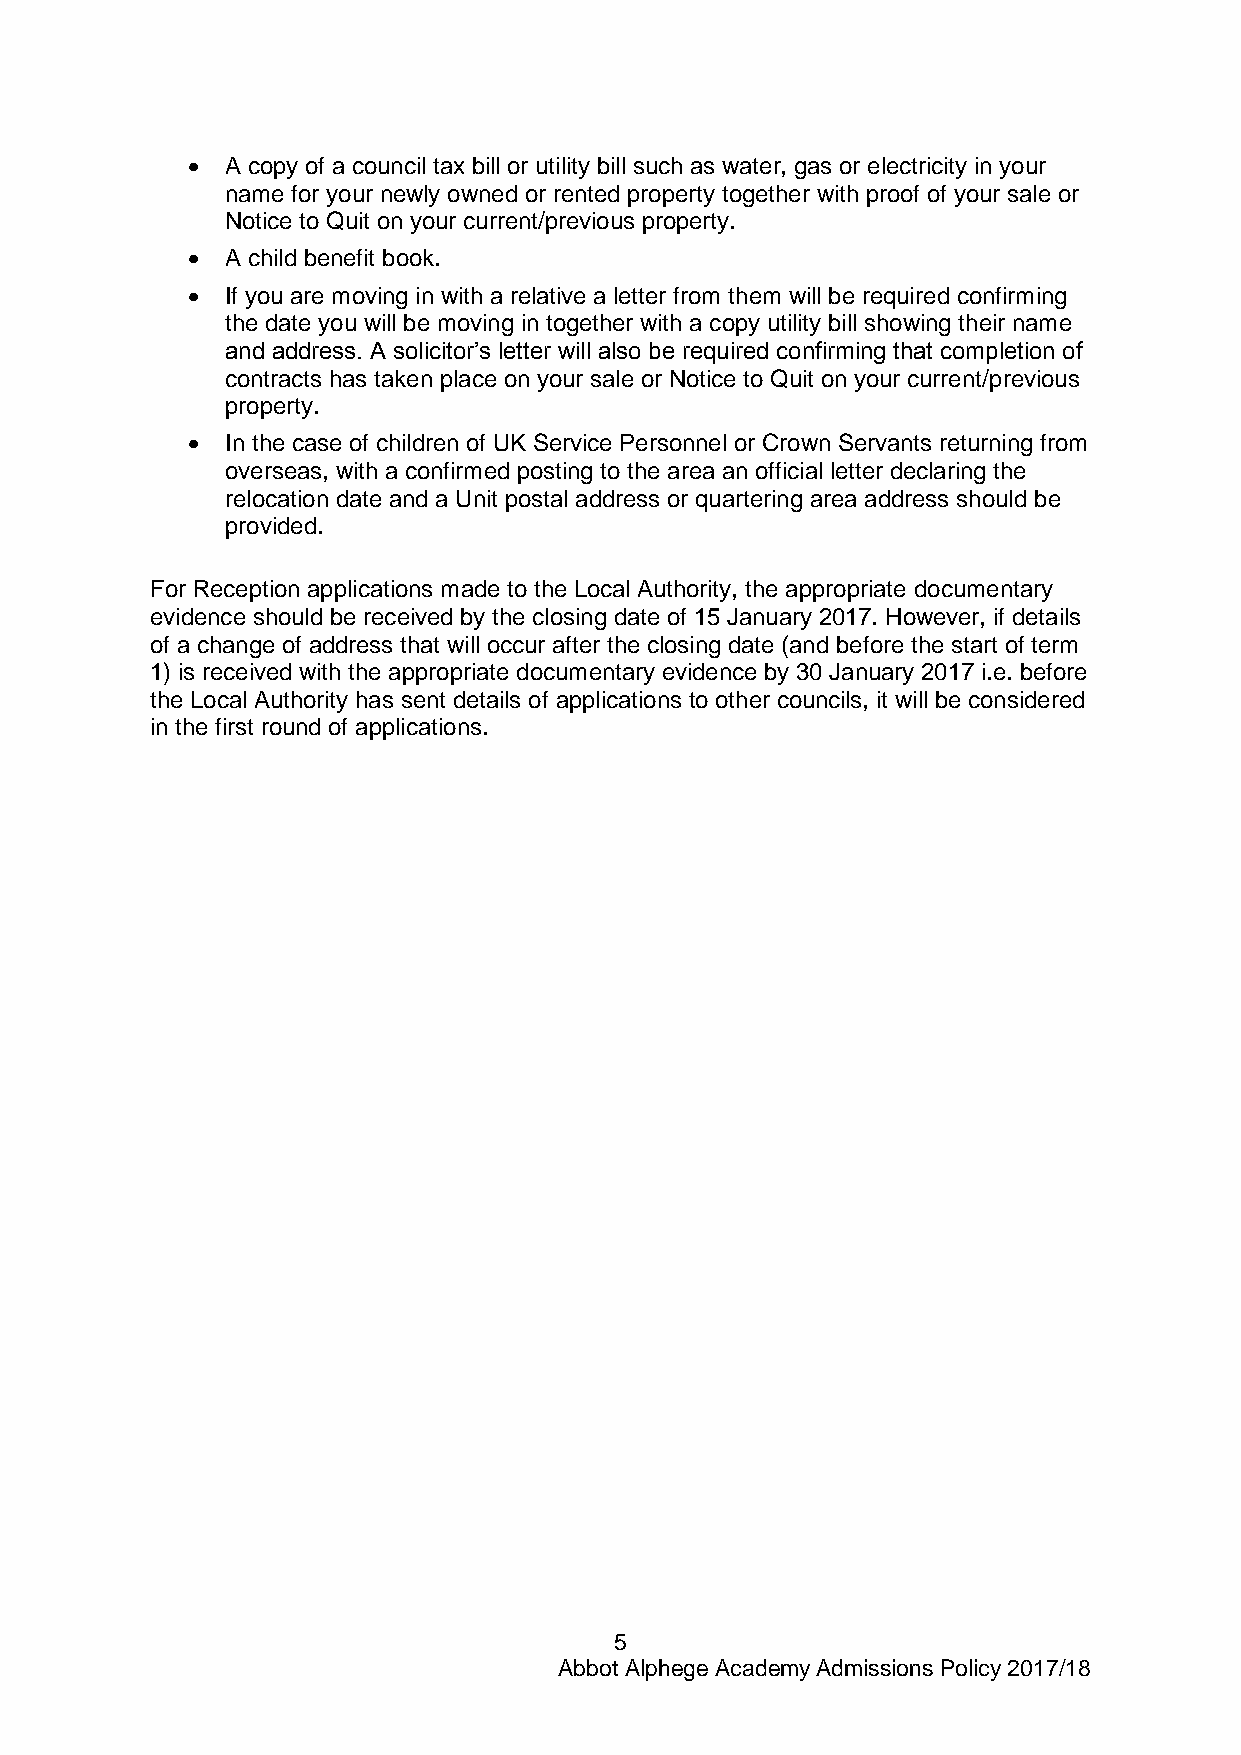
  A copy of a council tax bill or utility bill such as water, gas or electricity in your
 name for your newly owned or rented property together with proof of your sale or
 Notice to Quit on your current/previous property.
   A child benefit book.
   If you are moving in with a relative a letter from them will be required confirming
 the date you will be moving in together with a copy utility bill showing their name
 and address. A solicitor’s letter will also be required confirming that completion of
 contracts has taken place on your sale or Notice to Quit on your current/previous
 property.
   In the case of children of UK Service Personnel or Crown Servants returning from
 overseas, with a confirmed posting to the area an official letter declaring the
 relocation date and a Unit postal address or quartering area address should be
 provided.
 For Reception applications made to the Local Authority, the appropriate documentary
 evidence should be received by the closing date of 15 January 2017. However, if details
 of a change of address that will occur after the closing date (and before the start of term
 1) is received with the appropriate documentary evidence by 30 January 2017 i.e. before
 the Local Authority has sent details of applications to other councils, it will be considered
 in the first round of applications.
 5
 Abbot Alphege Academy Admissions Policy 2017/18